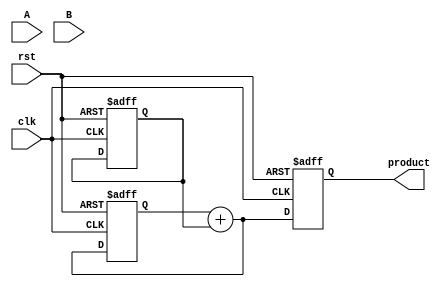
module dadda_multiplier #(parameter N = 4) (
    input  wire [N-1:0] A,
    input  wire [N-1:0] B,
    input  wire clk,
    input  wire rst,
    output reg [2*N-1:0] product
);

// Intermediate signals for partial products
wire [N-1:0] pp [0:N-1]; // Partial products
reg [2*N-1:0] pp_sum [0:N-1]; // Sum of partial products
reg [N:0] carry; // Carry for addition

// Generate partial products
genvar i, j;
generate
    for (i = 0; i < N; i = i + 1) begin: pp_gen
        assign pp[i] = A & {N{B[i]}};
    end
endgenerate

// Reduction tree
integer stage, row;
always @(posedge clk or posedge rst) begin
    if (rst) begin
        product <= 0;
        for (row = 0; row < N; row = row + 1) begin
            pp_sum[row] <= 0;
        end
    end else begin
        // Initialize partial products
        for (row = 0; row < N; row = row + 1) begin
            pp_sum[row] <= {pp[row], 1'b0}; // Align partial products
        end

        // Dadda reduction process
        for (stage = 0; stage < N-1; stage = stage + 1) begin
            for (row = 0; row < N-1; row = row + 1) begin
                if (row < (N-1)/2) begin
                    {carry, pp_sum[row]} <= pp_sum[row] + pp_sum[row + 1];
                end else begin
                    pp_sum[row] <= pp_sum[row]; // Keep the last few rows unchanged
                end
            end
        end

        // Final addition of last two rows
        product <= pp_sum[0] + pp_sum[1];
    end
end

endmodule